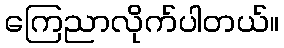
ကြေညာလိုက်ပါတယ်။